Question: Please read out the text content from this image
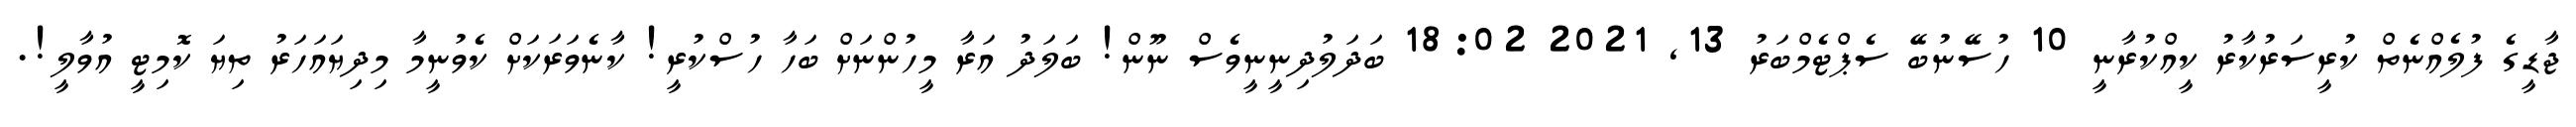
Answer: ޖާޑީގެ ފުލެއްނެތް ކުރީސަރުކާރު ކީއްކުރާނީ 10 ހުސޭނުބޭ ސެޕްޓެމްބަރު 13, 2021 18:02 ބަދަލުދިނީނީވެސް ނޫން! ބަލަދު އަރާ މީހުންނަށް ބަހާ ހުސްކުރީ! ކާނެވަރަކަށް ކެވުނީމާ މިދިޔައަހަރު ތިޔަ ކޮމިޓީ އުވާލީ!.